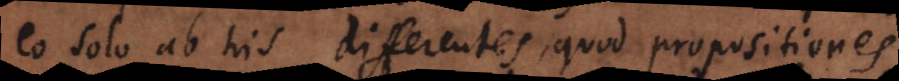
eo solo ab his differentes, quod propositiones